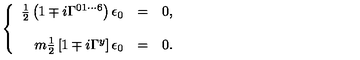
\left\{ \begin{array} { r c l } { \frac { 1 } { 2 } \left( 1 \mp i \Gamma ^ { 0 1 \cdots 6 } \right) \epsilon _ { 0 } } & { = } & { 0 , } \\ { } & { } & { } \\ { m { \textstyle \frac { 1 } { 2 } } \left[ 1 \mp i \Gamma ^ { y } \right] \epsilon _ { 0 } } & { = } & { 0 . } \\ \end{array} \right.